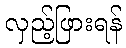
လှည့်ဖြားရန်